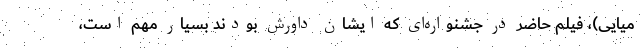
میایی)، فیلم حاضر در جشنواره‌ای که ایشان داورش بودند بسیار مهم است،